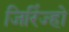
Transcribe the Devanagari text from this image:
जिरिंज्हो